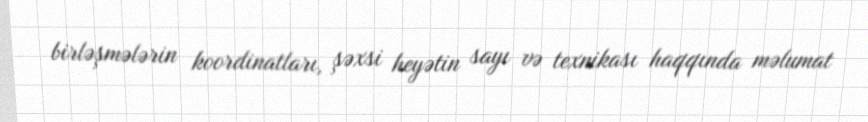
birləşmələrin koordinatları, şəxsi heyətin sayı və texnikası haqqında məlumat